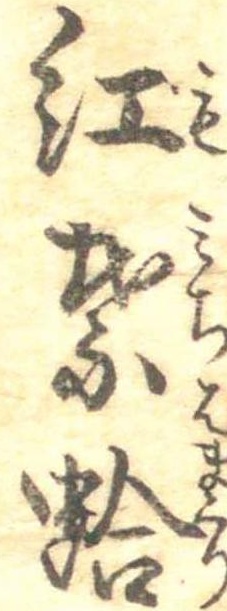
紅葉蛤